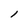
Character: l